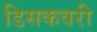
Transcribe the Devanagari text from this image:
डिसकवरी